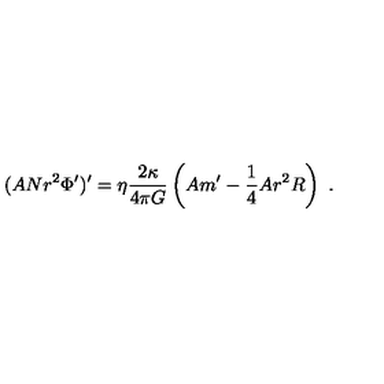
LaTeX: ( A N r ^ { 2 } \Phi ^ { \prime } ) ^ { \prime } = \eta \frac { 2 \kappa } { 4 \pi G } \left( A m ^ { \prime } - \frac { 1 } { 4 } A r ^ { 2 } R \right) \ .